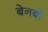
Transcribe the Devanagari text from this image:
बेनबो